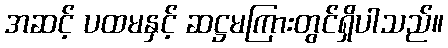
အဆင့် ပထမနှင့် ဆဋ္ဌမကြားတွင်ရှိပါသည်။